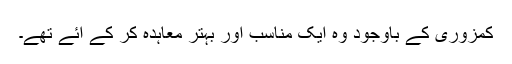
کمزوری کے باوجود وہ ایک مناسب اور بہتر معاہدہ کر کے آئے تھے۔